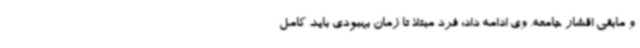
و مابقی اقشار جامعه. وی ادامه داد: فرد مبتلا تا زمان بهبودی باید کامل